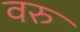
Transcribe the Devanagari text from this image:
वरु